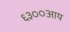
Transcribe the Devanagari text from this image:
६३००आय